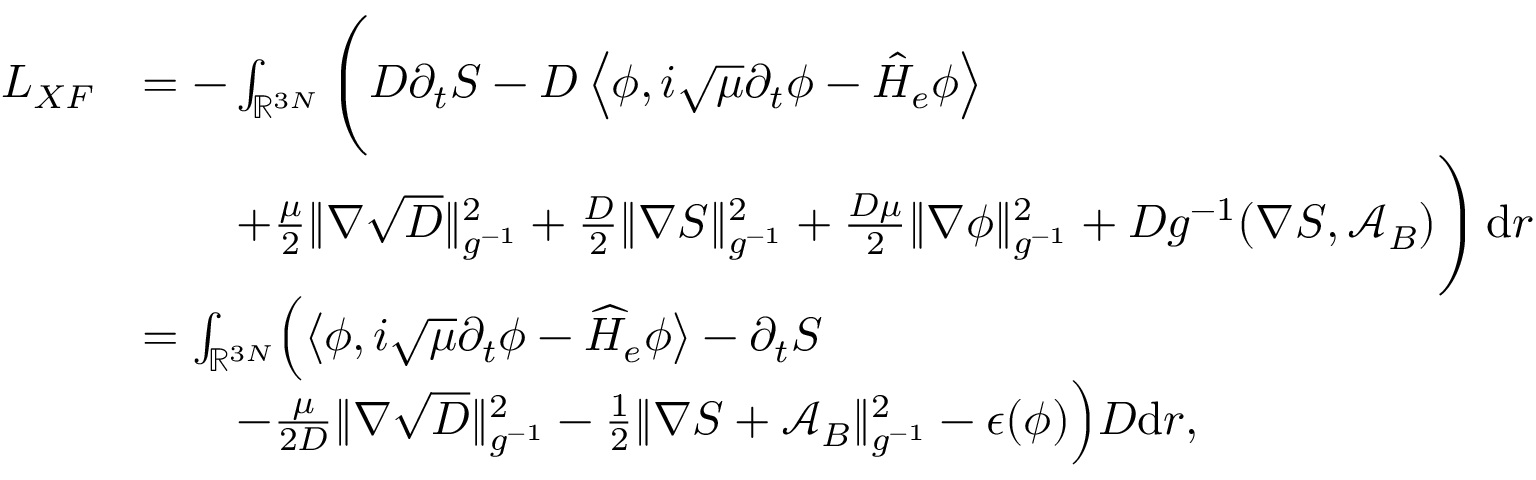
\begin{array} { r l } { L _ { X F } } & { = - \int _ { \ensuremath { \mathbb { R } } ^ { 3 N } } \Bigg ( D \partial _ { t } S - D \left\langle \phi , i \sqrt { \mu } \partial _ { t } \phi - \hat { H } _ { e } \phi \right\rangle } \\ & { \qquad + \frac { \mu } { 2 } \| \nabla \sqrt { D } \| _ { g ^ { - 1 } } ^ { 2 } + \frac { D } { 2 } \| \nabla S \| _ { g ^ { - 1 } } ^ { 2 } + \frac { D \mu } { 2 } \| \nabla \phi \| _ { g ^ { - 1 } } ^ { 2 } + D g ^ { - 1 } ( \nabla S , \mathcal { A } _ { B } ) \Bigg ) \, \mathrm { d } r } \\ & { = \int _ { \ensuremath { \mathbb { R } } ^ { 3 N } } \! \Big ( \big \langle \phi , i \sqrt { \mu } \partial _ { t } \phi - \widehat H _ { e } \phi \big \rangle - \partial _ { t } S } \\ & { \qquad - \frac { \mu } { 2 D } \| \nabla \sqrt { D } \| _ { g ^ { - 1 } } ^ { 2 } - \frac { 1 } { 2 } \| \nabla S + \mathcal { A } _ { B } \| _ { g ^ { - 1 } } ^ { 2 } - \epsilon ( \phi ) \Big ) D \mathrm { d } r , } \end{array}